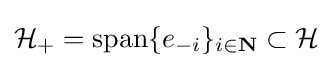
{\mathcal {H}}_{+}=\mathrm {span} \{e_{-i}\}_{i\in \mathbf {N} }\subset {\mathcal {H}}